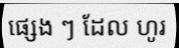
ផ្សេង ៗ ដែល ហូរ